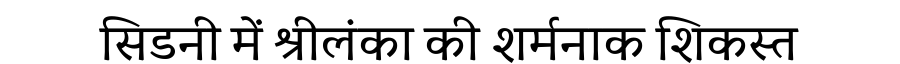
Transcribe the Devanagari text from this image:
सिडनी में श्रीलंका की शर्मनाक शिकस्त